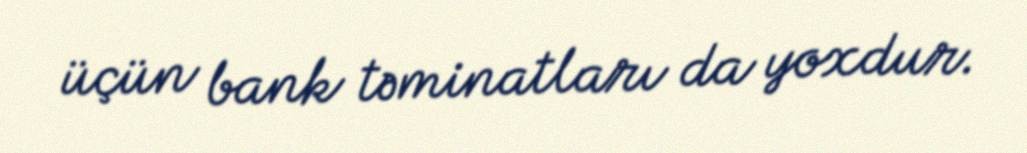
üçün bank təminatları da yoxdur.